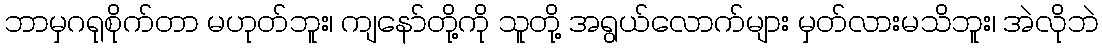
ဘာမှဂရုစိုက်တာ မဟုတ်ဘူး၊ ကျနော်တို့ကို သူတို့ အရွယ်လောက်များ မှတ်လားမသိဘူး၊ အဲလိုဘဲ